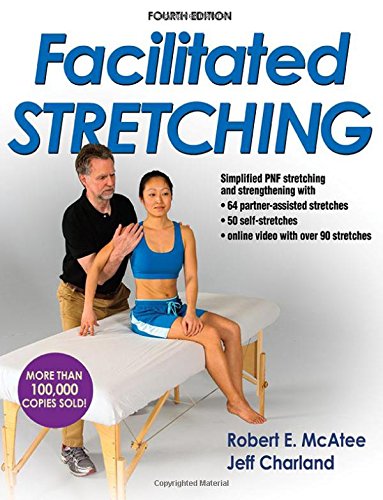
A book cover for Facilitated Stretching-4th Edition With Online Video; Robert McAtee; Medical Books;